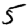
Digit: 5